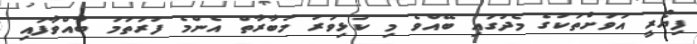
ފިޔޯރީ އަވަށްތަކުގެ މެދުގައި ބޭއްވެ މި ކުޅިވަރު މުބާރާތް އެންމެ ފުރަތަމަ ބާއްވާފައި